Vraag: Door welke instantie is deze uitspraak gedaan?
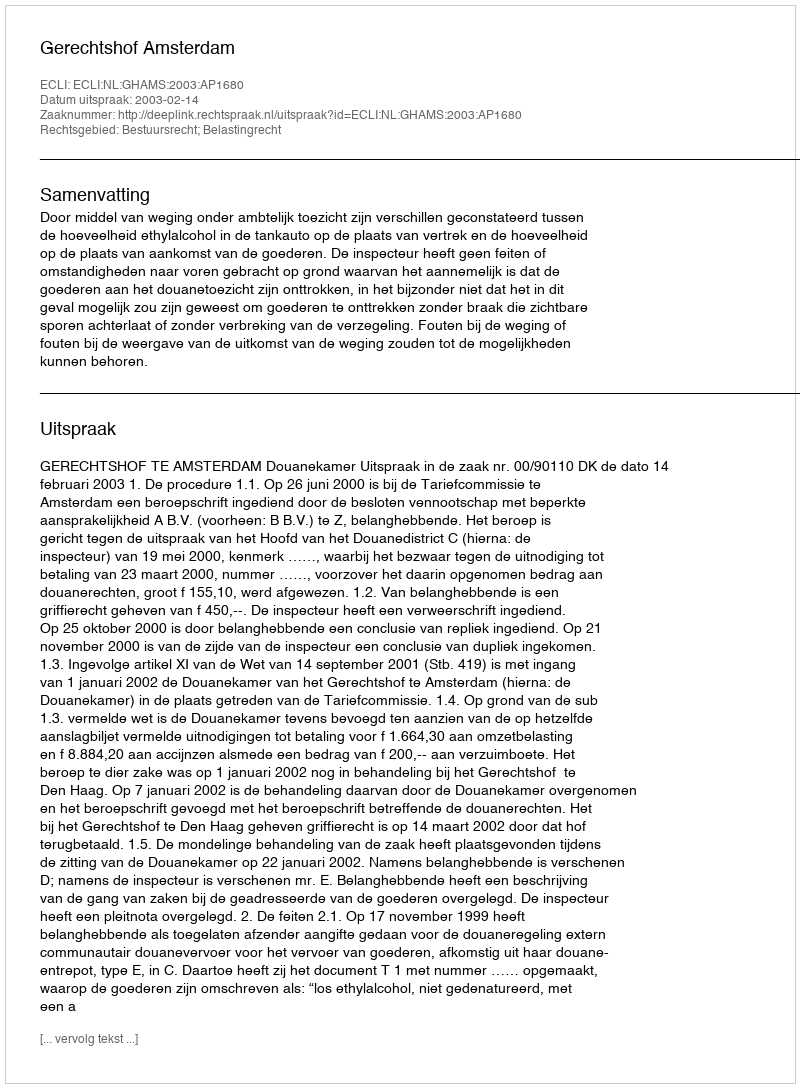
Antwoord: Gerechtshof Amsterdam